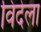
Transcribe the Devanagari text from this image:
विदेला